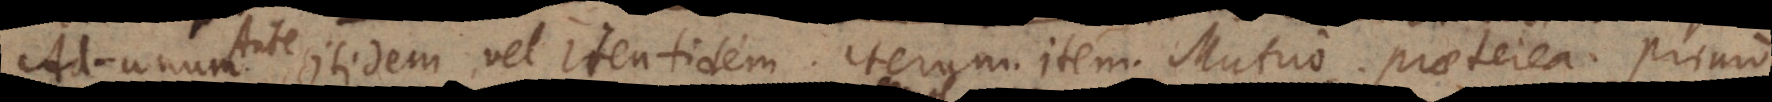
Ad‐unum. . Itidem vel Identidem. Iterum. Item. Mutuo. Praeterea. Primo